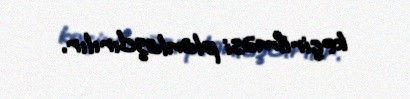
keçirilməsi planlaşdırılır.